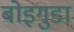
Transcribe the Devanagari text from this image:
बोइगुडा